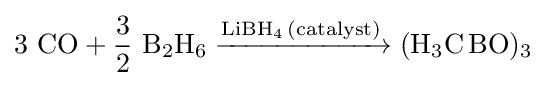
3\ {\ce {CO}}+{\frac {3}{2}}\ {\ce {B2H6}}{\ce {->[{\ce {LiBH4 (catalyst)}}] (H3C BO)3}}